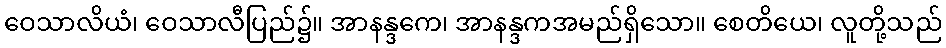
ဝေသာလိယံ၊ ဝေသာလီပြည်၌။ အာနန္ဒကေ၊ အာနန္ဒကအမည်ရှိသော။ စေတိယေ၊ လူတို့သည်